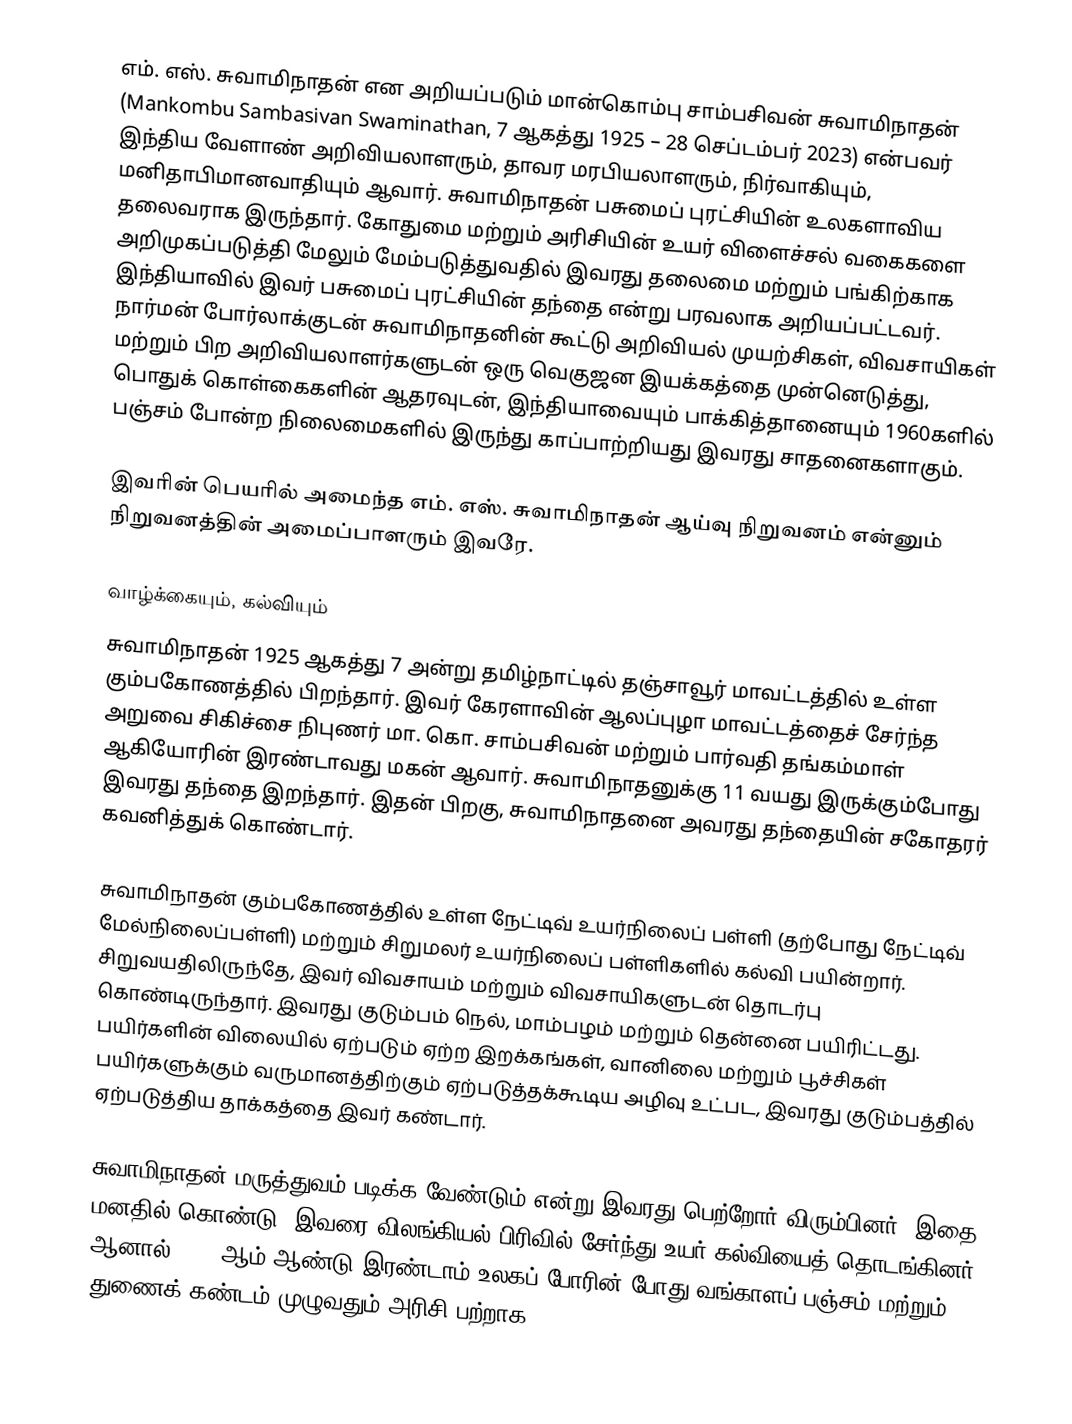
எம். எஸ். சுவாமிநாதன் என அறியப்படும் மான்கொம்பு சாம்பசிவன் சுவாமிநாதன் (Mankombu Sambasivan Swaminathan, 7 ஆகத்து 1925 – 28 செப்டம்பர் 2023) என்பவர் இந்திய வேளாண் அறிவியலாளரும், தாவர மரபியலாளரும், நிர்வாகியும், மனிதாபிமானவாதியும் ஆவார். சுவாமிநாதன் பசுமைப் புரட்சியின் உலகளாவிய தலைவராக இருந்தார். கோதுமை மற்றும் அரிசியின் உயர் விளைச்சல் வகைகளை அறிமுகப்படுத்தி மேலும் மேம்படுத்துவதில் இவரது தலைமை மற்றும் பங்கிற்காக இந்தியாவில் இவர் பசுமைப் புரட்சியின் தந்தை என்று பரவலாக அறியப்பட்டவர். நார்மன் போர்லாக்குடன் சுவாமிநாதனின் கூட்டு அறிவியல் முயற்சிகள், விவசாயிகள் மற்றும் பிற அறிவியலாளர்களுடன் ஒரு வெகுஜன இயக்கத்தை முன்னெடுத்து, பொதுக் கொள்கைகளின் ஆதரவுடன், இந்தியாவையும் பாக்கித்தானையும் 1960களில் பஞ்சம் போன்ற நிலைமைகளில் இருந்து காப்பாற்றியது இவரது சாதனைகளாகும்.

இவரின் பெயரில் அமைந்த எம். எஸ். சுவாமிநாதன் ஆய்வு நிறுவனம் என்னும் நிறுவனத்தின் அமைப்பாளரும் இவரே.

வாழ்க்கையும், கல்வியும்
சுவாமிநாதன் 1925 ஆகத்து 7 அன்று தமிழ்நாட்டில் தஞ்சாவூர் மாவட்டத்தில் உள்ள கும்பகோணத்தில் பிறந்தார். இவர் கேரளாவின் ஆலப்புழா மாவட்டத்தைச் சேர்ந்த அறுவை சிகிச்சை நிபுணர் மா. கொ. சாம்பசிவன் மற்றும் பார்வதி தங்கம்மாள் ஆகியோரின் இரண்டாவது மகன் ஆவார். சுவாமிநாதனுக்கு 11 வயது இருக்கும்போது இவரது தந்தை இறந்தார். இதன் பிறகு, சுவாமிநாதனை அவரது தந்தையின் சகோதரர் கவனித்துக் கொண்டார்.

சுவாமிநாதன் கும்பகோணத்தில் உள்ள நேட்டிவ் உயர்நிலைப் பள்ளி (தற்போது நேட்டிவ் மேல்நிலைப்பள்ளி) மற்றும் சிறுமலர் உயர்நிலைப் பள்ளிகளில் கல்வி பயின்றார். சிறுவயதிலிருந்தே, இவர் விவசாயம் மற்றும் விவசாயிகளுடன் தொடர்பு கொண்டிருந்தார். இவரது குடும்பம் நெல், மாம்பழம் மற்றும் தென்னை பயிரிட்டது. பயிர்களின் விலையில் ஏற்படும் ஏற்ற இறக்கங்கள், வானிலை மற்றும் பூச்சிகள் பயிர்களுக்கும் வருமானத்திற்கும் ஏற்படுத்தக்கூடிய அழிவு உட்பட, இவரது குடும்பத்தில் ஏற்படுத்திய தாக்கத்தை இவர் கண்டார்.

சுவாமிநாதன் மருத்துவம் படிக்க வேண்டும் என்று இவரது பெற்றோர் விரும்பினர். இதை மனதில் கொண்டு, இவரை விலங்கியல் பிரிவில் சேர்ந்து உயர் கல்வியைத் தொடங்கினர். ஆனால், 1943ஆம் ஆண்டு இரண்டாம் உலகப் போரின் போது வங்காளப் பஞ்சம் மற்றும் துணைக் கண்டம் முழுவதும் அரிசி பற்றாக